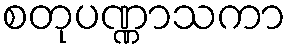
စတုပဏ္ဏာသကာ